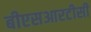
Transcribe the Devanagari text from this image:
बीएसआरटीसी